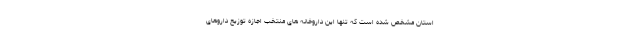
استان مشخص شده است که تنها این داروخانه های منتخب اجازه توزیع داروهای